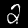
Label: 2